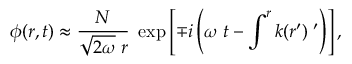
\phi ( r , t ) \approx { \frac { \cal N } { \sqrt { 2 \omega } \; r } } \; \exp \left[ \mp i \left( \omega \; t - \int ^ { r } k ( r ^ { \prime } ) \; \d r ^ { \prime } \right) \right] ,